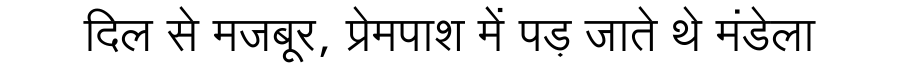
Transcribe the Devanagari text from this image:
दिल से मजबूर, प्रेमपाश में पड़ जाते थे मंडेला